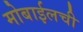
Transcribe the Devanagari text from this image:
मोबाईलची